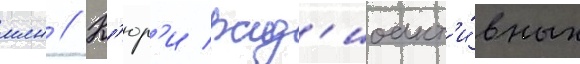
млн // К'юр'и рад'иоакт'и́вных